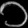
Digit: ၁